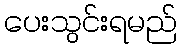
ပေးသွင်းရမည်